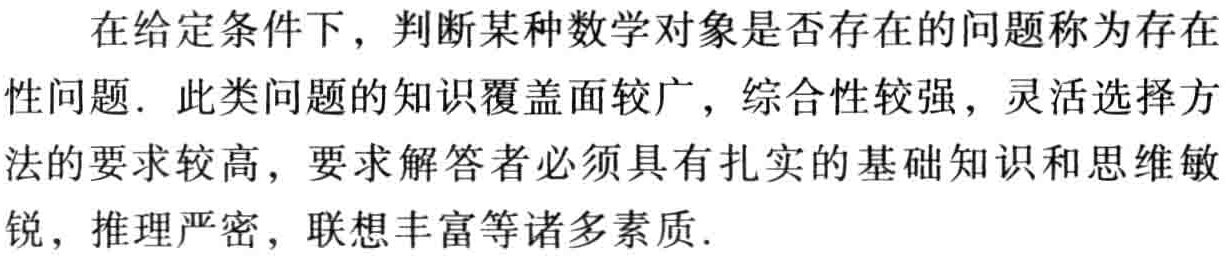
在给定条件下，判断某种数学对象是否存在的问题称为存在性问题．此类问题的知识覆盖面较广，综合性较强，灵活选择方法的要求较高，要求解答者必须具有扎实的基础知识和思维敏锐，推理严密，联想丰富等诸多素质．